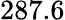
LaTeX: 287.6